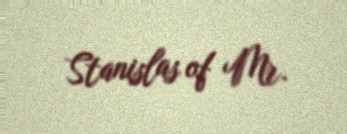
Stanislas of Mr.